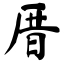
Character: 厝